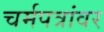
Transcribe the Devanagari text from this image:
चर्मपत्रांवर